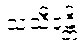
သံသီဒန္တိ